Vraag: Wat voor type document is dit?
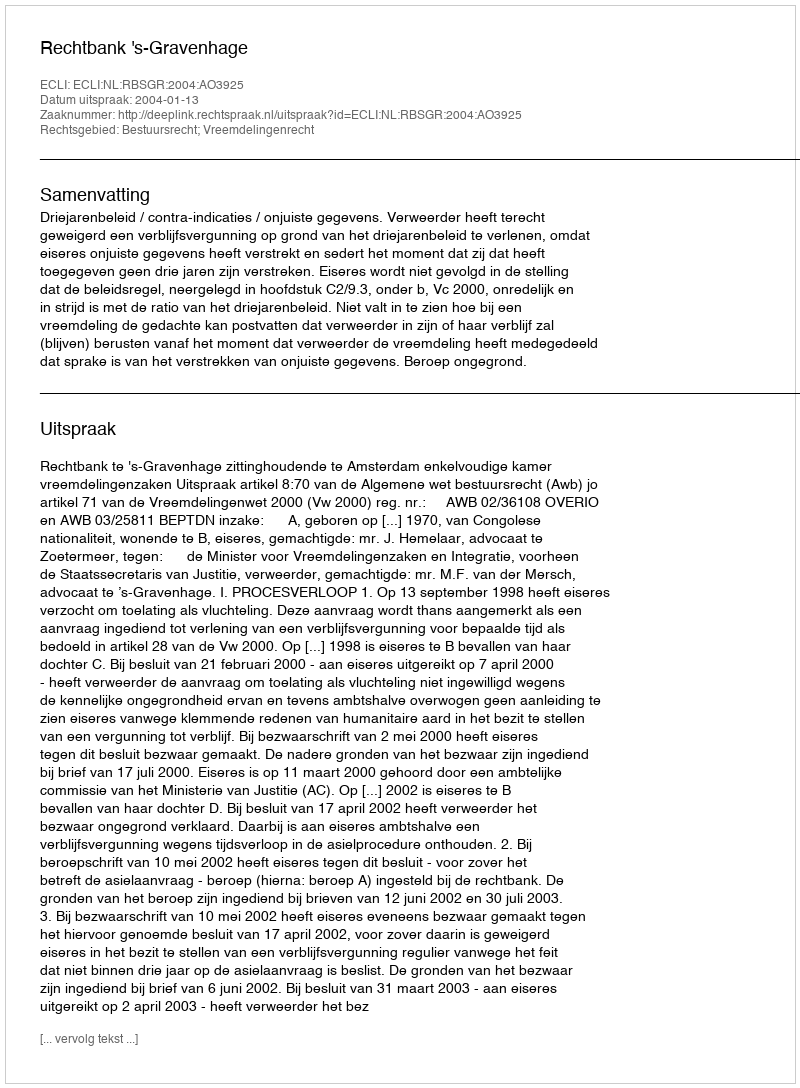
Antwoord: Uitspraak